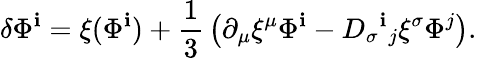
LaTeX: \delta\Phi^{\mathbf{i}}=\xi(\Phi^{\mathbf{i}})+{\frac{{1}}{{3}}}\left(\partial_{\mu}\xi^{\mu}\Phi^{\mathbf{i}}-D_{\sigma}{}^{\mathbf{i}}{}_{j}\xi^{\sigma}\Phi^{j}\right).